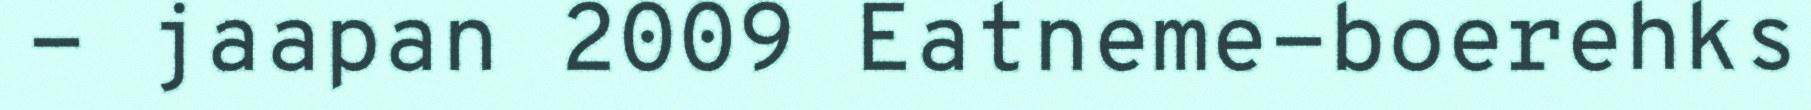
- jaapan 2009 Eatneme-boerehks